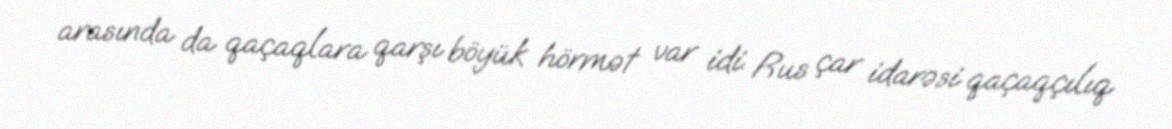
arasında da qaçaqlara qarşı böyük hörmət var idi. Rus çar idarəsi qaçaqçılıq